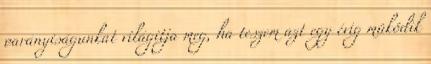
parányiságunkat világitja meg, ha teszem azt egy évig müködik